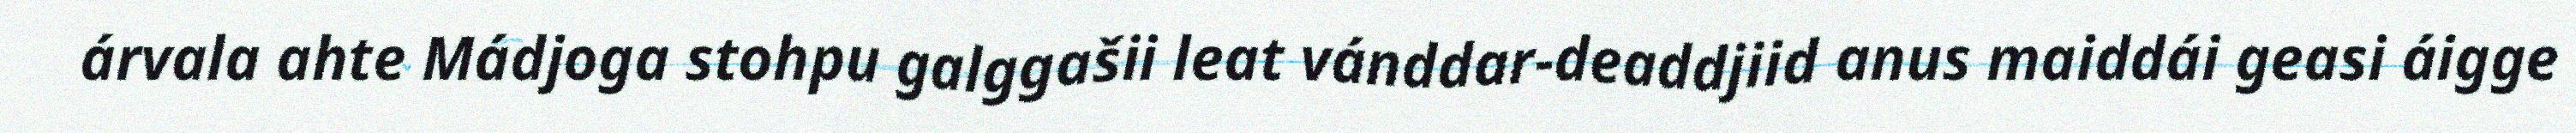
árvala ahte Mádjoga stohpu galggašii leat vánddar-deaddjiid anus maiddái geasi áigge